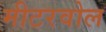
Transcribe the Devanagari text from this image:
मीटरवोल